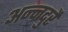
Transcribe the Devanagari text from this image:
अन्नदुरै